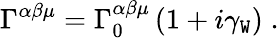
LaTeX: \Gamma^{\alpha\beta\mu}=\Gamma_{0}^{\alpha\beta\mu}\left(1+i\gamma_{\mathtt{W}}\right)\; .